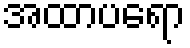
အထာပရော